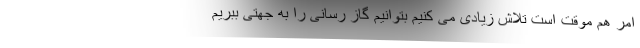
امر هم موقت است تلاش زیادی می کنیم بتوانیم گاز رسانی را به جهتی ببریم